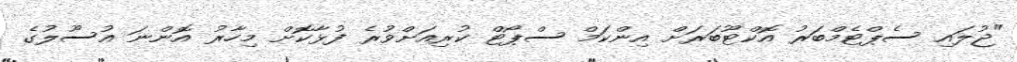
"ޖުލައި ސެޕްޓެމްބަރު އޮކްޓޫބަރަށް އިންކަމް ސްޕޯޓް ކުރިއަށްވުރެ ފުޅާކޮށް މިހާރު އޮންނަ އުސޫލުގެ